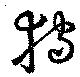
狩